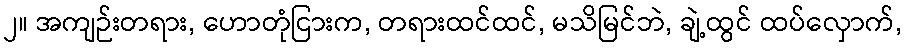
၂။ အကျဉ်းတရား, ဟောတုံငြားက, တရားထင်ထင်, မသိမြင်ဘဲ, ချဲ့ထွင် ထပ်လှောက်,